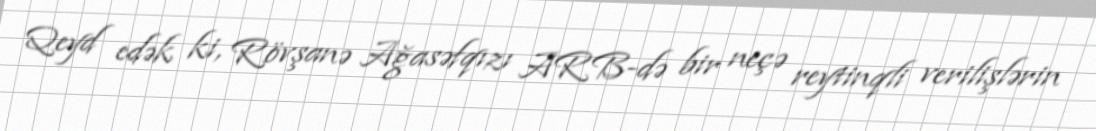
Qeyd edək ki, Rövşanə Ağasəfqızı ARB-də bir neçə reytinqli verilişlərin